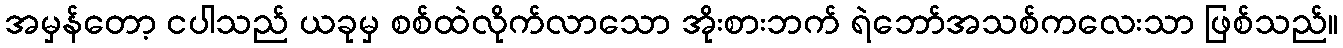
အမှန်တော့ ငပါသည် ယခုမှ စစ်ထဲလိုက်လာသော အိုးစားဘက် ရဲဘော်အသစ်ကလေးသာ ဖြစ်သည်။